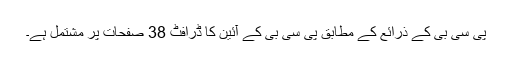
پی سی بی کے ذرائع کے مطابق پی سی بی کے آئین کا ڈرافٹ 38 صفحات پر مشتمل ہے۔